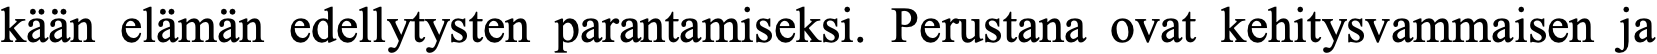
kään elämän edellytysten parantamiseksi. Perustana ovat kehitysvammaisen ja